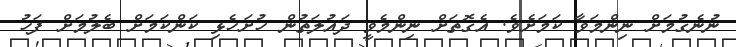
ނުނެގުމަށް ނިންމަވާ ކަމަށެވެ. އެގޮތަށް ނިންމެވީ ދައުލަތުން ހުށަހެޅި ކަންކަމަށް ބެލުމަށް ފަހު